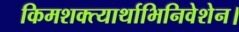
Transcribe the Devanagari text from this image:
किमशक्त्यार्थाभिनिवेशेन।